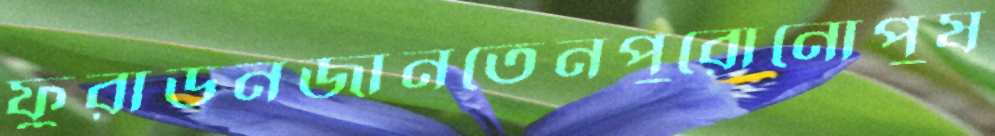
ফুরাডনজানতেনপুরোনোপুষ